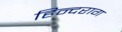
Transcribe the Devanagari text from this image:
हिन्दराग